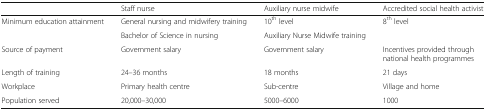
<table><thead><tr><td></td><td><b>Staff nurse</b></td><td><b>Auxiliary nurse midwife</b></td><td><b>Accredited social health activist</b></td></tr></thead><tbody><tr><td rowspan="2">Minimum education attainment</td><td>General nursing and midwifery training</td><td>10<sup>th</sup> level</td><td rowspan="2">8<sup>th</sup> level</td></tr><tr><td>Bachelor of Science in nursing</td><td>Auxiliary Nurse Midwife training</td></tr><tr><td>Source of payment</td><td>Government salary</td><td>Government salary</td><td>Incentives provided through national health programmes</td></tr><tr><td>Length of training</td><td>24–36 months</td><td>18 months</td><td>21 days</td></tr><tr><td>Workplace</td><td>Primary health centre</td><td>Sub-centre</td><td>Village and home</td></tr><tr><td>Population served</td><td>20,000–30,000</td><td>5000–6000</td><td>1000</td></tr></tbody></table>